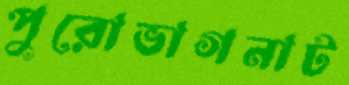
পুরোভাগনাট